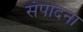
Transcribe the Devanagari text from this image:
संपादना